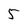
Character: 5